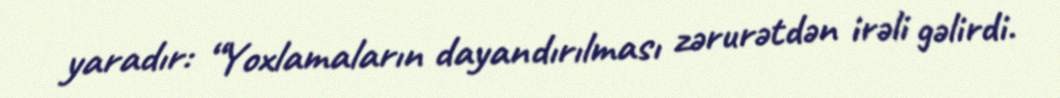
yaradır: “Yoxlamaların dayandırılması zərurətdən irəli gəlirdi.